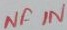
Text: NF IN